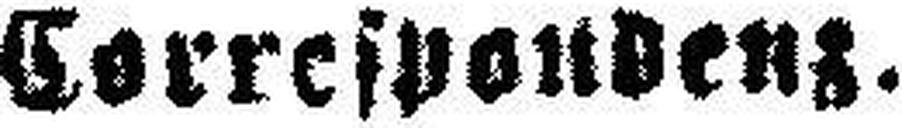
Correspondenz.